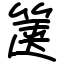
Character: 箧